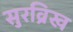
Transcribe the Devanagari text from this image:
सुरव्रिख